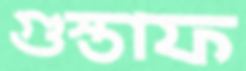
গুস্তাফ